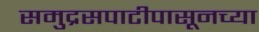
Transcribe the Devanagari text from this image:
समुद्रसपाटीपासूनच्या